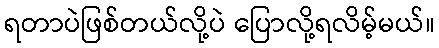
ရတာပဲဖြစ်တယ်လို့ပဲ ပြောလို့ရလိမ့်မယ်။